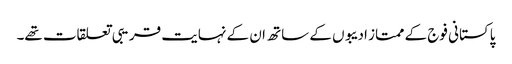
پاکستانی فوج کے ممتاز ادیبوں کے ساتھ ان کے نہایت قریبی تعلقات تھے۔